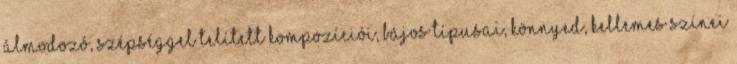
álmodozó, szépséggel telített kompozíciói, bájos típusai, könnyed, kellemes színei